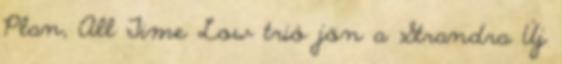
Plan, All Time Low trió jön a Strandra Új